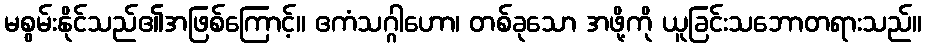
မစွမ်းနိုင်သည်၏အဖြစ်ကြောင့်။ ဧကံသဂ္ဂါဟော၊ တစ်ခုသော အဖို့ကို ယူခြင်းသဘောတရားသည်။